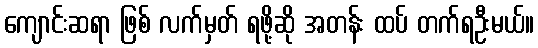
ကျောင်းဆရာ ဖြစ် လက်မှတ် ရဖို့ဆို အတန်း ထပ် တက်ရဦးမယ်။